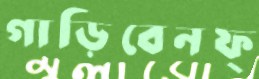
গাড়িবেনফ্